Scottish Leaving Certificate Examination, 1955
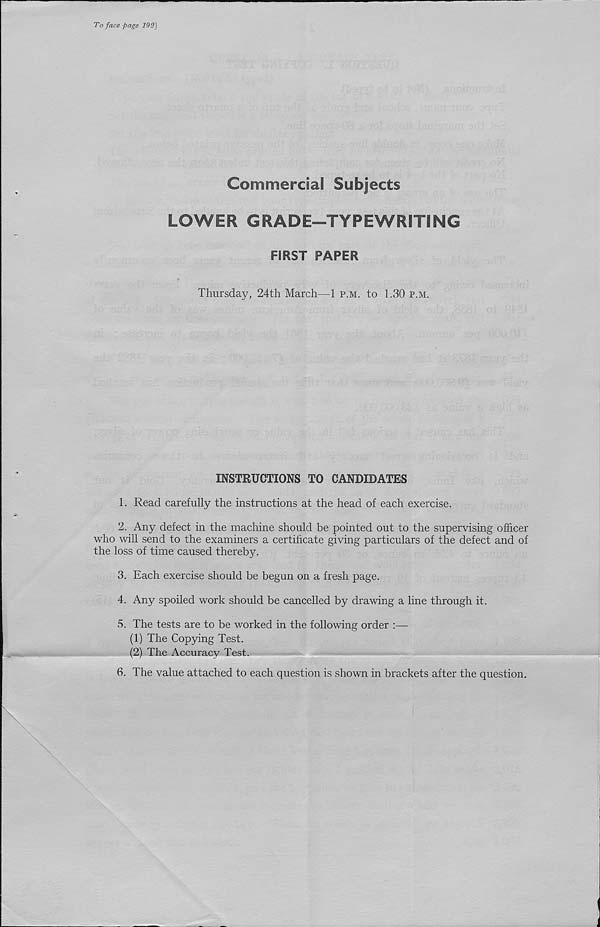
To face page 193]
Commercial Subjects
LOWER GRADE-TYPEWRITING
FIRST PAPER
Thursday, 24th March—1 p.m. to 1.30 p.m.
INSTRUCTIONS TO CANDIDATES
1. Read carefully the instructions at the head of each exercise.
2. Any defect in the machine should be pointed out to the supervising officer
who will send to the examiners a certificate giving particulars of the defect and of
the loss of time caused thereby.
3. Each exercise should be begun on a fresh page.
4. Any spoiled work should be cancelled by drawing a line through it.
5. The tests are to be worked in the following order :—•
(1) The Copying Test.
(2) The Accuracy Test.
6. The value attached to each question is shown in brackets after the question.